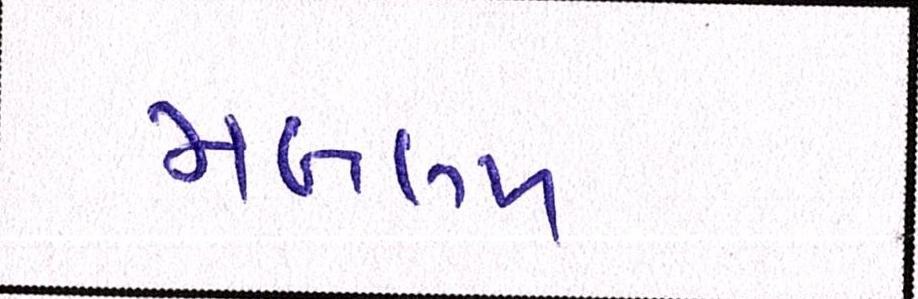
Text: મબલખ